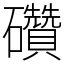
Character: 礸